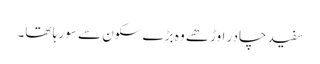
سفید چادر اوڑھے وہ بڑے سکون سے سو رہا تھا۔